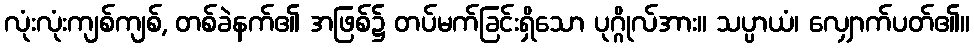
လုံးလုံးကျစ်ကျစ်, တစ်ခဲနက်၏ အဖြစ်၌ တပ်မက်ခြင်းရှိသော ပုဂ္ဂိုလ်အား။ သပ္ပာယံ၊ လျှောက်ပတ်၏။